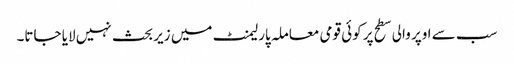
سب سے اوپر والی سطح پر کوئی قومی معاملہ پارلیمنٹ میں زیر بحث نہیں لایا جاتا۔